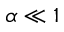
\alpha \ll 1